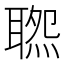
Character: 𦖹